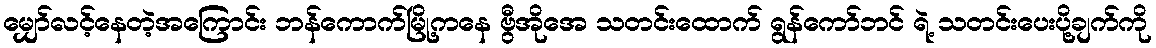
မျှော်လင့်နေတဲ့အကြောင်း ဘန်ကောက်မြို့ကနေ ဗွီအိုအေ သတင်းထောက် ရွန်ကော်ဘင် ရဲ့ သတင်းပေးပို့ချက်ကို